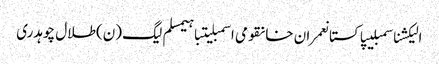
الیکشناسمبلیپاکستانعمران خانقومی اسمبلیتباہیمسلم لیگ (ن)طلال چوہدری